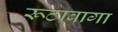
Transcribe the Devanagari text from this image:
रूटाबागा